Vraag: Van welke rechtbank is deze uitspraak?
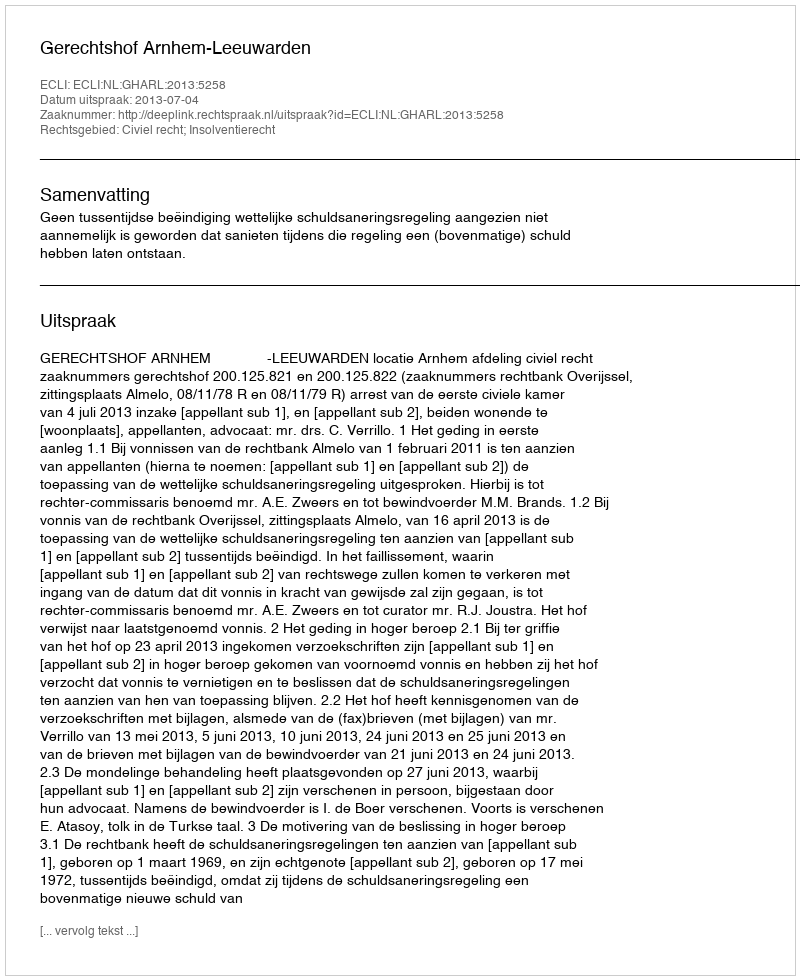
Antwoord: Gerechtshof Arnhem-Leeuwarden